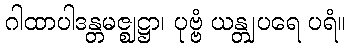
ဂါထာပါဒန္တမဇ္ဈဋ္ဌာ၊ ပုဗ္ဗံ ယန္တျပရေ ပရံ။